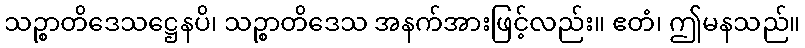
သဉ္စာတိဒေသဋ္ဌေနပိ၊ သဉ္စာတိဒေသ အနက်အားဖြင့်လည်း။ ဧတံ၊ ဤမနသည်။